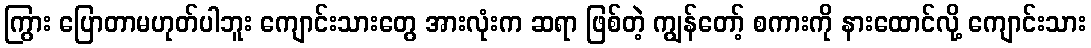
ကြွား ပြောတာမဟုတ်ပါဘူး ကျောင်းသားတွေ အားလုံးက ဆရာ ဖြစ်တဲ့ ကျွန်တော့် စကားကို နားထောင်လို့ ကျောင်းသား